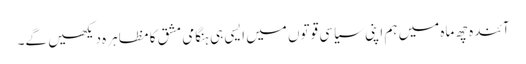
آئندہ چھ ماہ میں ہم اپنی سیاسی قوتوں میں ایسی ہی ہنگامی مشق کا مظاہرہ دیکھیں گے۔